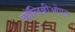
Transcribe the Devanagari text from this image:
कॉलिब्रीओएस